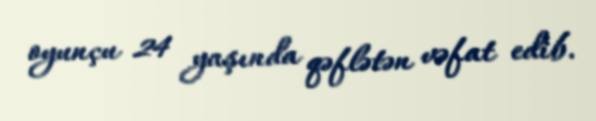
oyunçu 24 yaşında qəflətən vəfat edib.